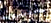
سيحضرون